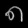
Digit: ၈